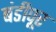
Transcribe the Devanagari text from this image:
बंडीपूर